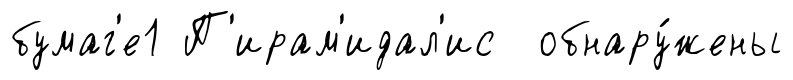
бумаг'е1 П'ирам'идал'ис обнару́жены